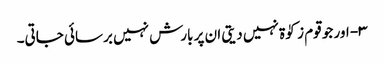
۳- اور جو قوم زکوٰۃ نہیں دیتی ان پر بارش نہیں برسائی جاتی۔